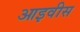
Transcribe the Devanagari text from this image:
आइवीस